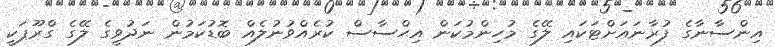
އިންސާނާގެ ފުރާނައަށްޓަކައި ލޭގެ މުހިންމުކަން އިޙްސާސް ކުރެއްވުނުލެއް ބޮޑުކަމުން ނަދުވީގެ ލޭގެ ގްރޫޕަކީ